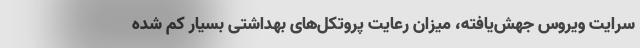
سرایت ویروس جهش‌یافته، میزان رعایت پروتکل‌های بهداشتی بسیار کم شده